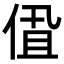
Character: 𬾩